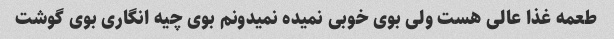
طعمه غذا عالی هست ولی بوی خوبی نمیده نمیدونم بوی چیه انگاری بوی گوشت